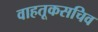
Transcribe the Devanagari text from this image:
वाहतूकसचिव